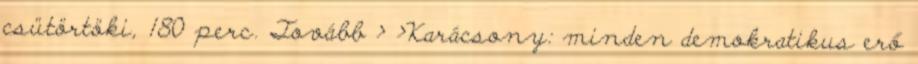
csütörtöki, 180 perc. Tovább › ›Karácsony: minden demokratikus erő